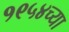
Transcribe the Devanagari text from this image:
१९५४च्या